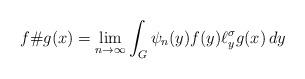
LaTeX: \begin{align*} f \# g(x)= \lim_{n\to\infty} \int_G \psi_n(y)f(y) \ell_y^\sigma g(x) \, dy \end{align*}